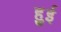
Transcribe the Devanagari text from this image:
हुुई